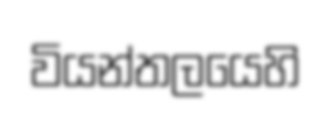
වියන්තලයෙහි